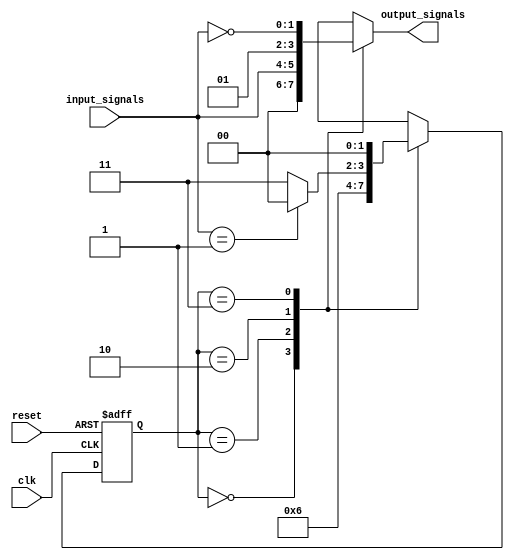
module fsm (
  input clk,  // Clock signal
  input reset,  // Reset signal
  input [1:0] input_signals,  // Input signals
  output reg [1:0] output_signals  // Output signals
);

// Define the states
parameter STATE_A = 2'b00;
parameter STATE_B = 2'b01;
parameter STATE_C = 2'b10;
parameter STATE_D = 2'b11;

// State register
reg [1:0] current_state, next_state;

// State transition logic
always @(posedge clk or posedge reset) begin
  if (reset) begin
    current_state <= STATE_A;  // Initialize the state register
  end else begin
    current_state <= next_state;  // Update current state
  end
end

// Output generation logic
always @* begin
  case (current_state)
    STATE_A: output_signals = 2'b00;  // Define output signal for STATE_A
    STATE_B: output_signals = input_signals;  // Define output signal for STATE_B
    STATE_C: output_signals = 2'b01;  // Define output signal for STATE_C
    STATE_D: output_signals = ~input_signals;  // Define output signal for STATE_D
  endcase
end

// State transition logic
always @* begin
  case (current_state)
    STATE_A: next_state = STATE_B;  // Define next state for STATE_A
    STATE_B: next_state = STATE_C;  // Define next state for STATE_B
    STATE_C: next_state = (input_signals == 2'b01) ? STATE_A : STATE_D;  // Define next state for STATE_C
    STATE_D: next_state = STATE_A;  // Define next state for STATE_D
  endcase
end

endmodule